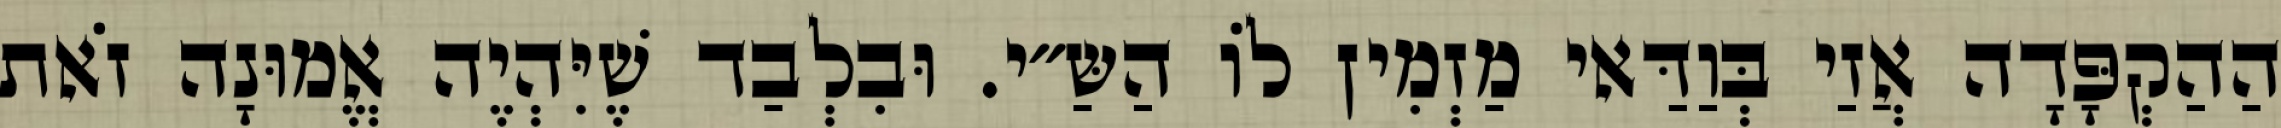
הַהַקְפָּדָה אֲזַי בְּוַדַּאי מַזְמִין לוֹ הַשַּ״י. וּבִלְבַד שֶׁיִּהְיֶה אֱמוּנָה זֹאת